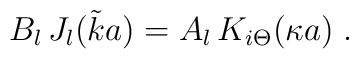
B_{l} \,  J_{l}  ({\tilde k} a )= A_{l} \, K_{i \Theta}  (\kappa a)\; .